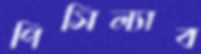
পিসিল্যাব